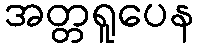
အတ္တရူပေန